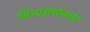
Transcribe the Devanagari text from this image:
मिथाइलफेनाडेट